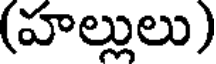
(హల్లులు)